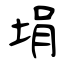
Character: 埍